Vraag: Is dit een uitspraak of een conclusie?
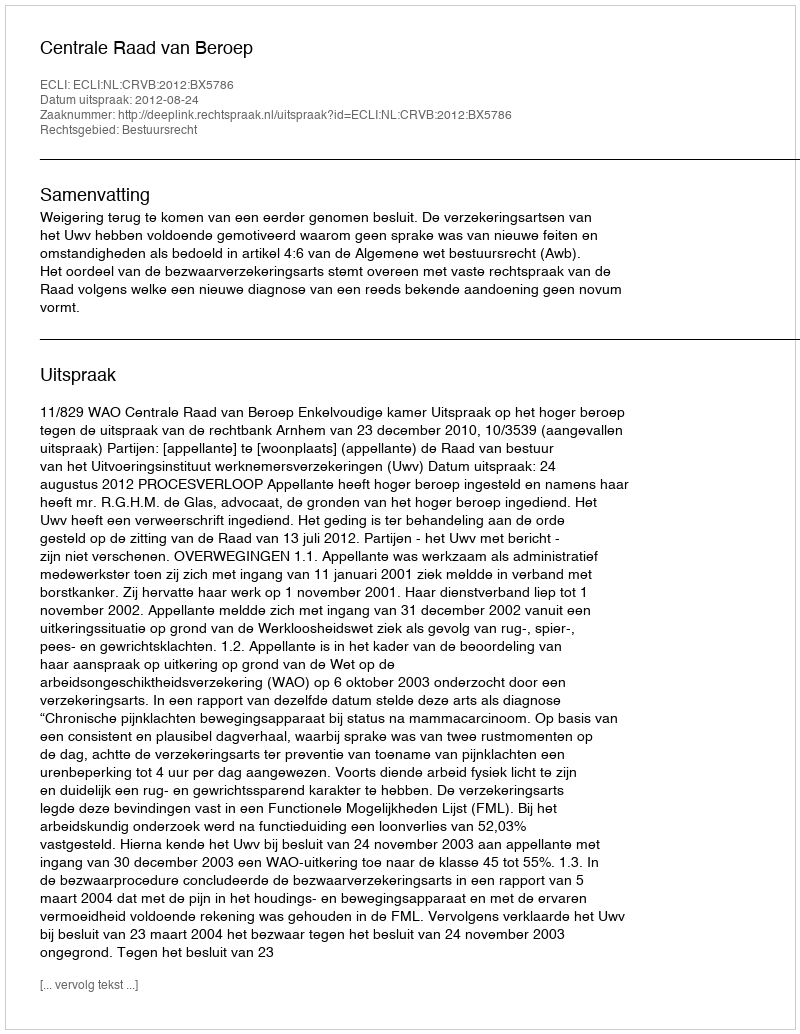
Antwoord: Uitspraak